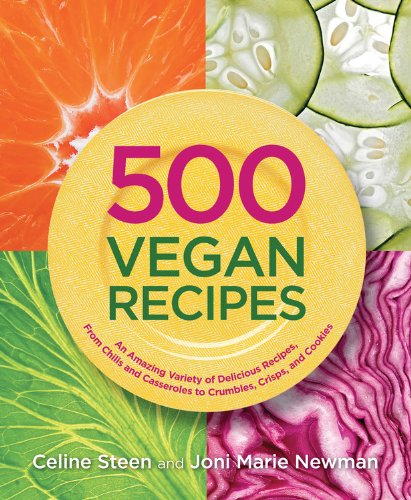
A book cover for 500 Vegan Recipes: An Amazing Variety of Delicious Recipes, From Chilis and Casseroles to Crumbles, Crisps, and Cookies (500 Cooking (Sellers)); Celine Steen; Cookbooks, Food & Wine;